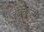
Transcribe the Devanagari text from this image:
जीवनशैली।